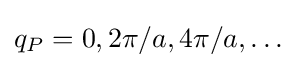
{\textstyle q_{P}=0,2\pi /a,4\pi /a,\ldots }